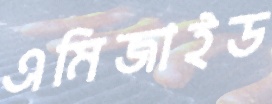
এমিজাইড